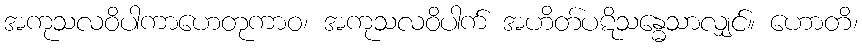
အကုသလဝိပါကာဟေတုကာဝ၊ အကုသလဝိပါက် အဟိတ်ပဋိသန္ဓေသာလျှင်။ ဟောတိ၊